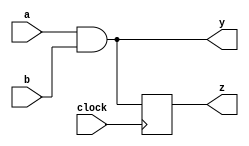
module example(
    input wire a,
    input wire b,
    input wire clock,
    output reg y,
    output reg z
);

// Combinational logic using always @*
always @* begin
    // Example of a simple combinational logic operation
    y = a & b;  // AND operation
end

// Sequential logic using always @(posedge clock)
always @(posedge clock) begin
    // Example of a simple register update operation
    z <= y;  // Sequentially assign the value of y to z on clock edge
end

endmodule